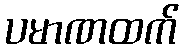
ပမာဏထက်